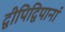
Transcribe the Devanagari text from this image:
द्वीपिद्विपानां